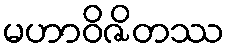
မဟာဝိဇိတဿ